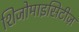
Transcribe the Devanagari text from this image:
शिजोमाइसिटीज़